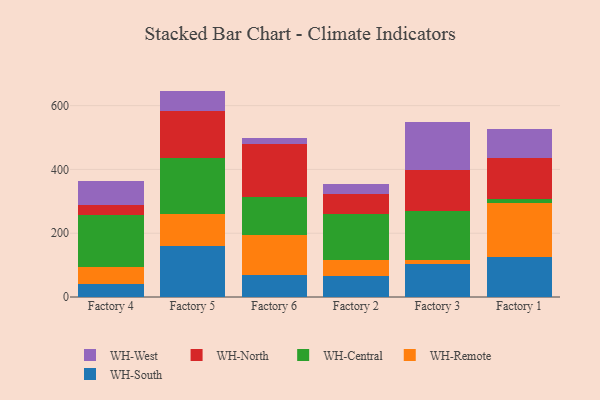
{"axis": {"x": "Factory", "y": "Churn Rate (%)"}, "legend": ["WH-Central", "WH-North", "WH-Remote", "WH-South", "WH-West"], "data": [{"x": "Factory 4", "y": 42.0, "type": "WH-South"}, {"x": "Factory 4", "y": 50.8, "type": "WH-Remote"}, {"x": "Factory 4", "y": 163.1, "type": "WH-Central"}, {"x": "Factory 4", "y": 32.0, "type": "WH-North"}, {"x": "Factory 4", "y": 76.6, "type": "WH-West"}, {"x": "Factory 5", "y": 160.3, "type": "WH-South"}, {"x": "Factory 5", "y": 101.4, "type": "WH-Remote"}, {"x": "Factory 5", "y": 175.2, "type": "WH-Central"}, {"x": "Factory 5", "y": 145.7, "type": "WH-North"}, {"x": "Factory 5", "y": 63.7, "type": "WH-West"}, {"x": "Factory 6", "y": 69.7, "type": "WH-South"}, {"x": "Factory 6", "y": 123.4, "type": "WH-Remote"}, {"x": "Factory 6", "y": 120.6, "type": "WH-Central"}, {"x": "Factory 6", "y": 164.7, "type": "WH-North"}, {"x": "Factory 6", "y": 18.9, "type": "WH-West"}, {"x": "Factory 2", "y": 64.5, "type": "WH-South"}, {"x": "Factory 2", "y": 52.8, "type": "WH-Remote"}, {"x": "Factory 2", "y": 143.2, "type": "WH-Central"}, {"x": "Factory 2", "y": 63.1, "type": "WH-North"}, {"x": "Factory 2", "y": 30.5, "type": "WH-West"}, {"x": "Factory 3", "y": 103.9, "type": "WH-South"}, {"x": "Factory 3", "y": 11.7, "type": "WH-Remote"}, {"x": "Factory 3", "y": 155.2, "type": "WH-Central"}, {"x": "Factory 3", "y": 128.5, "type": "WH-North"}, {"x": "Factory 3", "y": 148.8, "type": "WH-West"}, {"x": "Factory 1", "y": 124.4, "type": "WH-South"}, {"x": "Factory 1", "y": 171.8, "type": "WH-Remote"}, {"x": "Factory 1", "y": 12.1, "type": "WH-Central"}, {"x": "Factory 1", "y": 128.3, "type": "WH-North"}, {"x": "Factory 1", "y": 91.0, "type": "WH-West"}]}